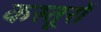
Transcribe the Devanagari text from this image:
कस्तूरों